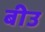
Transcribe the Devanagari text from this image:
बीउ